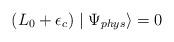
LaTeX: \begin{align*}(L_{0}+\epsilon_{c})\mid\Psi_{phys}\rangle=0\end{align*}